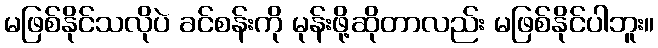
မဖြစ်နိုင်သလိုပဲ ခင်စန်းကို မုန်းဖို့ဆိုတာလည်း မဖြစ်နိုင်ပါဘူး။